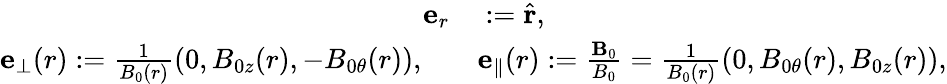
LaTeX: \begin{array}{r}{\begin{array}{rl}{\mathbf{e}_{r}}&{{}:=\hat{\mathbf{r}},}\\ {\mathbf{e}_{\perp}(r):=\frac{1}{B_{0}(r)}\left(0,B_{0z}(r),-B_{0\theta}(r)\right),\quad}&{{}\mathbf{e}_{\parallel}(r):=\frac{\mathbf{B}_{0}}{B_{0}}=\frac{1}{B_{0}(r)}\left(0,B_{0\theta}(r),B_{0z}(r)\right),}\end{array}}\end{array}